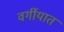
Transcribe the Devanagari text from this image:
वर्गीयात